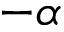
{ - \alpha }